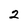
Character: 2